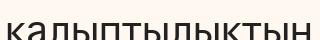
қалыптылықтың